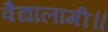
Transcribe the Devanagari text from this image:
वैद्यालागी॥